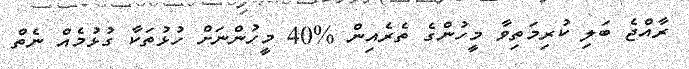
ރާއްޖެ ބަލި ކުރިމަތިވާ މީހުންގެ ތެރެއިން %40 މީހުންނަށް ހުޅުތަކާ ގުޅުމެއް ނެތް